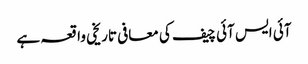
آئی ایس آئی چیف کی معافی تاریخی واقعہ ہے